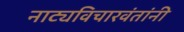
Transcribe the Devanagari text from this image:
नाट्यविचारवंतांनी